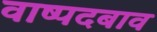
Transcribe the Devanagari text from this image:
वाष्पदबाव